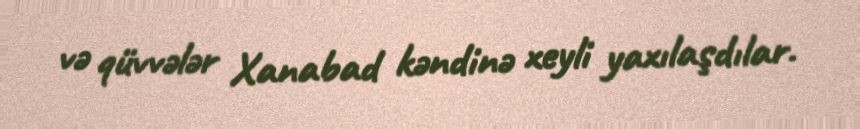
və qüvvələr Xanabad kəndinə xeyli yaxılaşdılar.